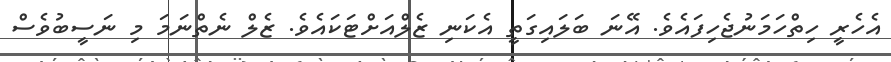
އެހެރީ ހިތްހަމަނުޖެހިފައެވެ. އޭނަ ބަލައިގަތީ އެކަނި ޒެލްއަށްޓަކައެވެ. ޒެލް ނެތްނަމަ މި ނަސީބުވެސް